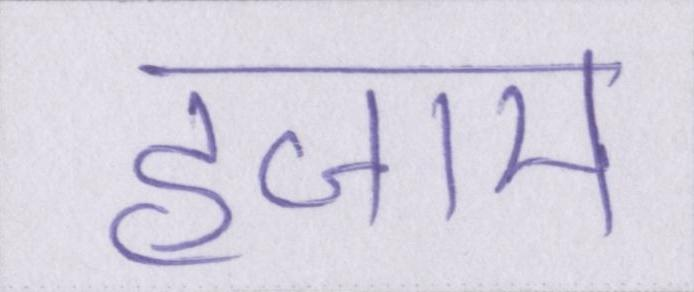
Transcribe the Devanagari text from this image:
हजाम